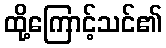
ထို့ကြောင့်သင်၏